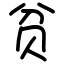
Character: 贫